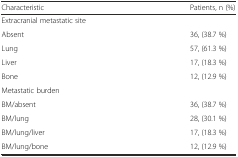
<table><thead><tr><td><b>Characteristic</b></td><td><b>Patients, n (%)</b></td></tr></thead><tbody><tr><td>Extracranial metastatic site</td><td></td></tr><tr><td>Absent</td><td>36, (38.7 %)</td></tr><tr><td>Lung</td><td>57, (61.3 %)</td></tr><tr><td>Liver</td><td>17, (18.3 %)</td></tr><tr><td>Bone</td><td>12, (12.9 %)</td></tr><tr><td>Metastatic burden</td><td></td></tr><tr><td>BM/absent</td><td>36, (38.7 %)</td></tr><tr><td>BM/lung</td><td>28, (30.1 %)</td></tr><tr><td>BM/lung/liver</td><td>17, (18.3 %)</td></tr><tr><td>BM/lung/bone</td><td>12, (12.9 %)</td></tr></tbody></table>